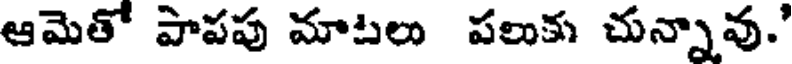
ఆమెతో పాపపు మాటలు పలుకు చున్నావు.